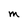
Character: M